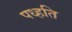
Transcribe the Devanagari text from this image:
पध्हति